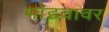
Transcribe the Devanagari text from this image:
मांडवावर